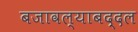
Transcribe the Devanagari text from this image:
बजावल्याबद्दल